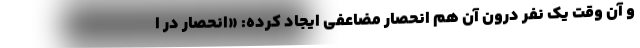
و آن وقت یک نفر درون آن هم انحصار مضاعفی ایجاد کرده: «انحصار در ا